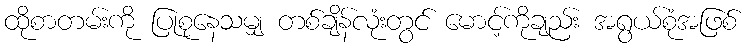
ထိုစာတမ်းကို ပြုစုနေသမျှ တစ်ချိန်လုံးတွင် မောင့်ကိုချည်း အရွယ်စုံအဖြစ်